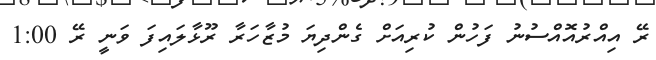
ރޭ އިއްރުއޮއްސުނު ފަހުން ކުރިއަށް ގެންދިޔަ މުޒާހަރާ ރޫޅާލައިފަ ވަނީ ރޭ 1:00